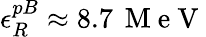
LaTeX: \epsilon_{R}^{pB}\approx 8.7\, \mathrm{~M~e~V~}